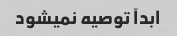
ابدآ توصیه نمیشود